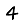
Digit: 4